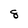
Character: 8